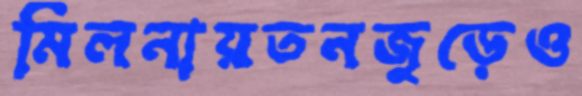
মিলনায়তনজুড়েও